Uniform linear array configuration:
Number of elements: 64
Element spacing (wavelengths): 0.5
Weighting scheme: cosine
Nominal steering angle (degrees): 0
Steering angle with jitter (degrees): -0.7746
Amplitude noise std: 0.05
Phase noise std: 0.05

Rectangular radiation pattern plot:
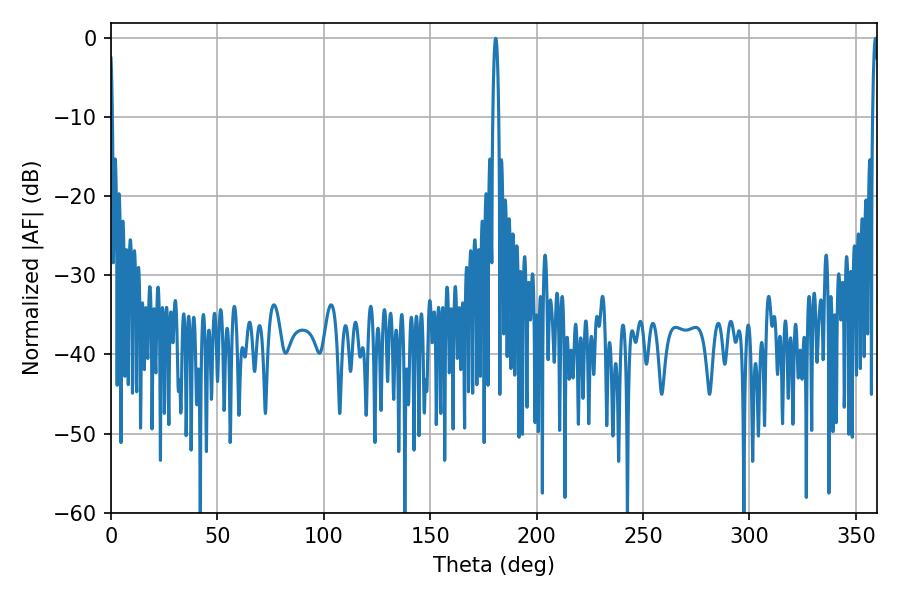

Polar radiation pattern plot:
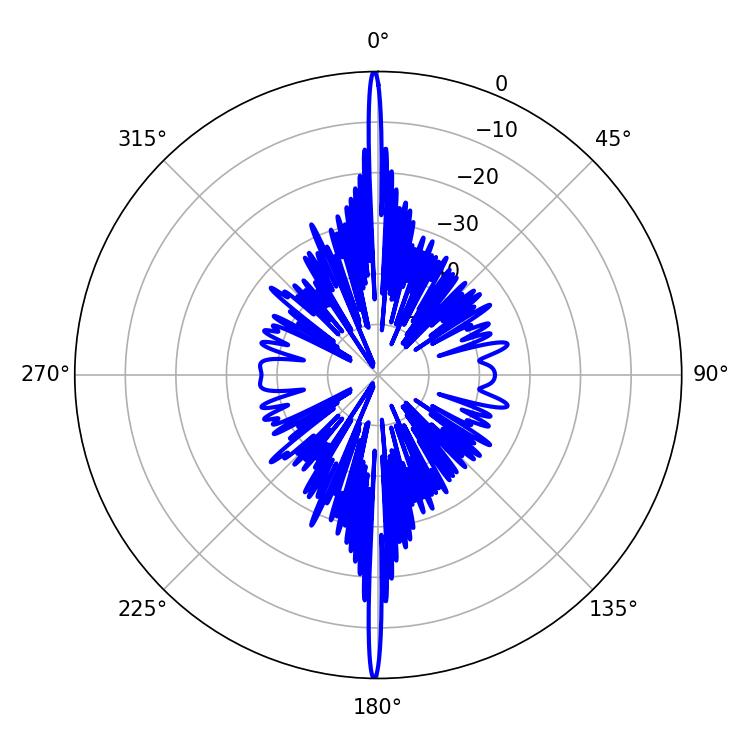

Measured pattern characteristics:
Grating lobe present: FALSE
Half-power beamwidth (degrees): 1.44
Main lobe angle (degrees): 180.72